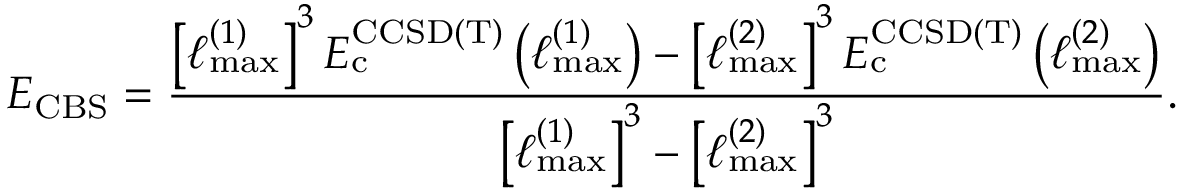
E _ { \mathrm { C B S } } = \frac { \left[ \ell _ { \mathrm { m a x } } ^ { ( 1 ) } \right] ^ { 3 } E _ { \mathrm { c } } ^ { \mathrm { C C S D ( T ) } } \left( \ell _ { \mathrm { m a x } } ^ { ( 1 ) } \right) - \left[ \ell _ { \mathrm { m a x } } ^ { ( 2 ) } \right] ^ { 3 } E _ { \mathrm { c } } ^ { \mathrm { C C S D ( T ) } } \left( \ell _ { \mathrm { m a x } } ^ { ( 2 ) } \right) } { \left[ \ell _ { \mathrm { m a x } } ^ { ( 1 ) } \right] ^ { 3 } - \left[ \ell _ { \mathrm { m a x } } ^ { ( 2 ) } \right] ^ { 3 } } .